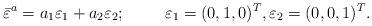
LaTeX: \begin{align*}\bar{\varepsilon}^{a} = a_1 \varepsilon_1 + a_2 \varepsilon_2; \hskip 1.0 cm\varepsilon_1 = (0,1,0)^T,\varepsilon_2 = (0,0,1)^T.\end{align*}